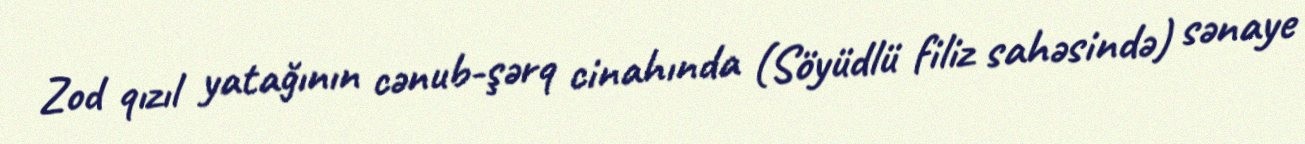
Zod qızıl yatağının cənub-şərq cinahında (Söyüdlü filiz sahəsində) sənaye